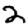
Digit: 2